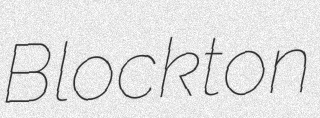
Blockton